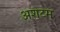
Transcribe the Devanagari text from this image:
अशटम